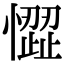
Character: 𢡉